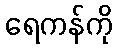
ရေကန်ကို